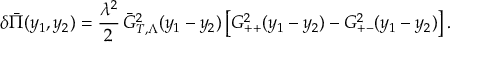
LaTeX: \delta \bar { \Pi } ( y _ { 1 } , y _ { 2 } ) = \frac { \lambda ^ { 2 } } 2 \, \bar { G } _ { T , \Lambda } ^ { 2 } ( y _ { 1 } - y _ { 2 } ) \left[ G _ { + + } ^ { 2 } ( y _ { 1 } - y _ { 2 } ) - G _ { + - } ^ { 2 } ( y _ { 1 } - y _ { 2 } ) \right] .